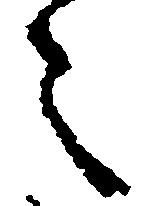
々